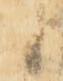
候